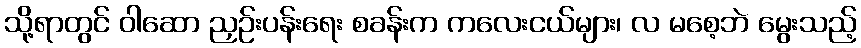
သို့ရာတွင် ဝါဆော ညှဉ်းပန်းရေး စခန်းက ကလေးငယ်များ၊ လ မစေ့ဘဲ မွေးသည့်